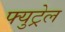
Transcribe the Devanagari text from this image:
फ्युट्रेल